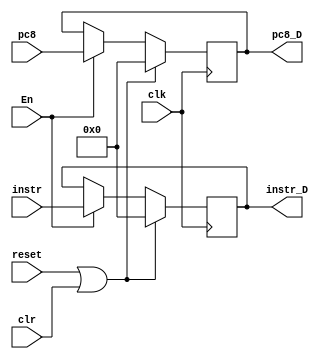
`timescale 1ns / 1ps

module IF_ID(
	clk, reset, En, clr,
	pc8, instr,
	pc8_D, instr_D);
	
	input clk, reset, En, clr;
	input [31:0] pc8, instr;
	
	output reg [31:0] pc8_D, instr_D;
	
	initial begin
		pc8_D = 0;
		instr_D = 0;
	end
	
	always @(posedge clk) begin
		if (reset | clr) begin
			pc8_D <= 0;
			instr_D <= 0;
		end
		else begin
			if (En) begin
				pc8_D <= pc8;
				instr_D <= instr;
			end
		end
	end


endmodule